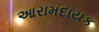
આરામદાયક